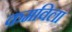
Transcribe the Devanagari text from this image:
कमविला